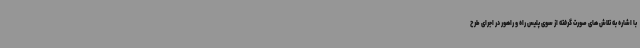
با اشاره به تلاش های صورت گرفته از سوی پلیس راه و راهور در اجرای طرح